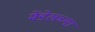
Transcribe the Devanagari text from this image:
मेंडेलच्या